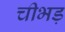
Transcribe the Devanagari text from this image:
चीभड़